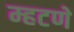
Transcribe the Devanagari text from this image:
म्हटणे